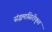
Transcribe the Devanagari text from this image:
संद्धमासिरीकृत